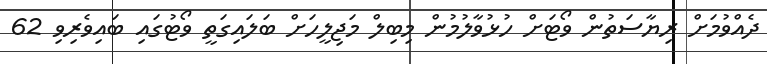
ދެއްވުމަށް ރިޔާސަތުން ވޯޓަށް ހުޅުވާލުމުން މިބިލް މަޖިލީހަށް ބަލައިގަތީ ވޯޓުގައި ބައިވެރިވި 62